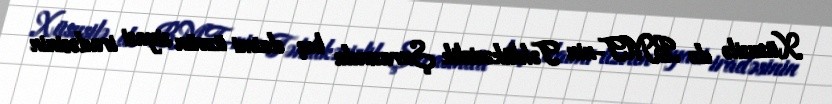
Xüsusilə də BMT-nin Təhlükəsizlik Şurasında beş daimi üzvün siyasi iradəsinin